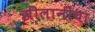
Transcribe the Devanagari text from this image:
झीलानीचा